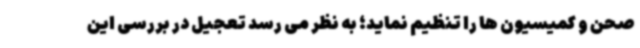
صحن و کمیسیون ها را تنظیم نماید؛ به نظر می رسد تعجیل در بررسی این